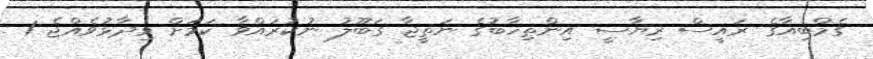
ގެމްބިއާގެ ރައީސް ރިޔާސީ އިންތިހާބުގެ ނަތީޖާ ގަބޫލު ނުކުރައްވާ ކަމަށް ވިދާޅުވެއްޖެ 1